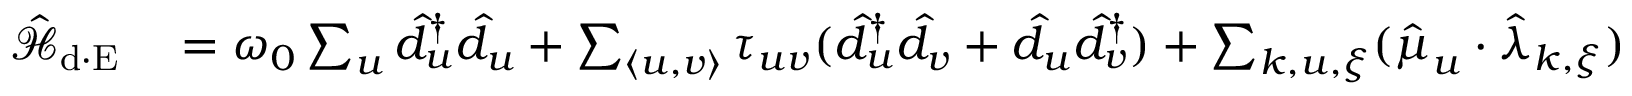
\begin{array} { r l } { \mathcal { \hat { H } } _ { \mathrm { d \cdot E } } } & { { } = \omega _ { 0 } \sum _ { u } \hat { d } _ { u } ^ { \dagger } \hat { d } _ { u } + \sum _ { \langle u , v \rangle } \tau _ { u v } ( \hat { d } _ { u } ^ { \dagger } \hat { d } _ { v } + \hat { d } _ { u } \hat { d } _ { v } ^ { \dagger } ) + \sum _ { { \boldsymbol k } , u , { \boldsymbol \xi } } ( \hat { \boldsymbol \mu } _ { u } \cdot \hat { \boldsymbol \lambda } _ { { \boldsymbol k } , { \boldsymbol \xi } } ) \Big ( e ^ { - i { { \bf k _ { \parallel } } } \cdot { \bf R } _ { u } } \hat { a } _ { { \boldsymbol k } , { \boldsymbol \xi } } ^ { \dagger } + e ^ { i { \bf k _ { \parallel } } \cdot { \bf R } _ { u } } \hat { a } _ { { \boldsymbol k } , { \boldsymbol \xi } } \Big ) \sin ( { k _ { y } } ( \hat { \bf y } \cdot { \bf R } _ { u } ) ) } \end{array}